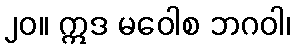
၂၀။ ဣဒ မဝေါစ ဘဂဝါ၊